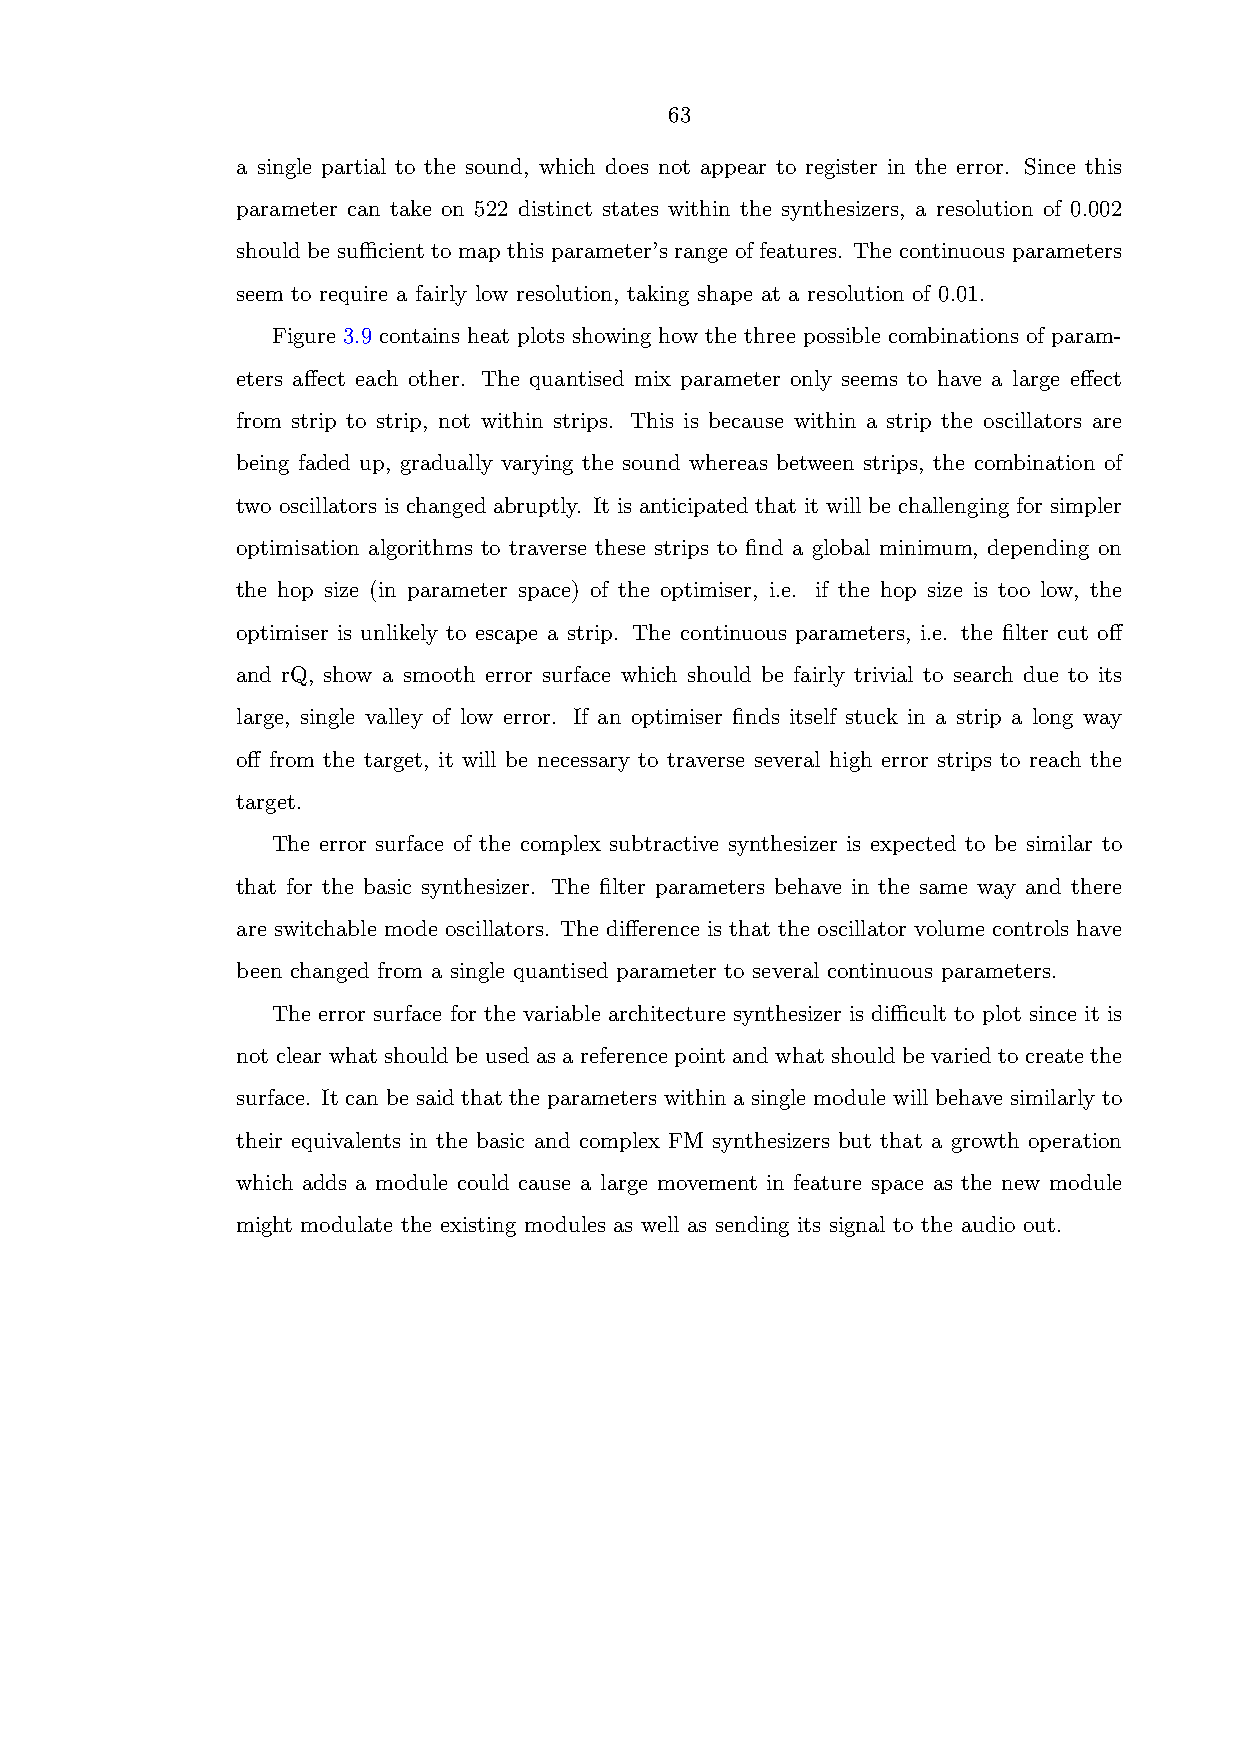
63
 a single partial to the sound, which does not appear to register in the error. Since this
 parameter can take on 522 distinct states within the synthesizers, a resolution of 0.002
 should be sufficient to map this parameter’s range of features. The continuous parameters
 seem to require a fairly low resolution, taking shape at a resolution of 0.01.
 Figure 3.9 contains heat plots showing how the three possible combinations of param-
 eters affect each other. The quantised mix parameter only seems to have a large effect
 from strip to strip, not within strips. This is because within a strip the oscillators are
 being faded up, gradually varying the sound whereas between strips, the combination of
 two oscillators is changed abruptly. It is anticipated that it will be challenging for simpler
 optimisation algorithms to traverse these strips to find a global minimum, depending on
 the hop size (in parameter space) of the optimiser, i.e. if the hop size is too low, the
 optimiser is unlikely to escape a strip. The continuous parameters, i.e. the filter cut off
 and rQ, show a smooth error surface which should be fairly trivial to search due to its
 large, single valley of low error. If an optimiser finds itself stuck in a strip a long way
 off from the target, it will be necessary to traverse several high error strips to reach the
 target.
 The error surface of the complex subtractive synthesizer is expected to be similar to
 that for the basic synthesizer. The filter parameters behave in the same way and there
 are switchable mode oscillators. The difference is that the oscillator volume controls have
 been changed from a single quantised parameter to several continuous parameters.
 The error surface for the variable architecture synthesizer is difficult to plot since it is
 not clear what should be used as a reference point and what should be varied to create the
 surface. It can be said that the parameters within a single module will behave similarly to
 their equivalents in the basic and complex FM synthesizers but that a growth operation
 which adds a module could cause a large movement in feature space as the new module
 might modulate the existing modules as well as sending its signal to the audio out.